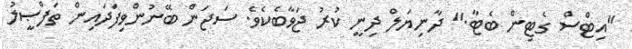
"އިޓްސް ގެޓިން ބެޓާ." ދާނިޔަލް ދިނީ ކުރު ޖަވާބެކެވެ. ސަޖަން ބޭނުންވިފަދައިން ތަފްޞީލު